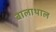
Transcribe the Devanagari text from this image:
बालाथाल